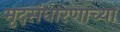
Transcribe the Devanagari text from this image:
मृदसंधारणाच्या